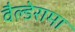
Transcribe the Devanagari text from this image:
वैल्डेरामा